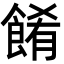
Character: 餚